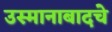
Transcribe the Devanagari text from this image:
उस्मानाबादचे